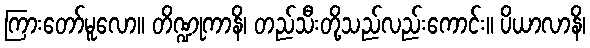
ကြားတော်မူလော။ တိဏ္ဍုကာနိ၊ တည်သီးတို့သည်လည်းကောင်း။ ပိယာလာနိ၊